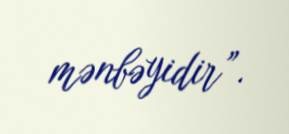
mənbəyidir”.